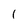
Character: 1